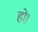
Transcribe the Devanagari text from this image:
हो़।